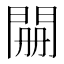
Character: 𮤊